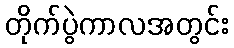
တိုက်ပွဲကာလအတွင်း